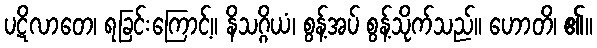
ပဋိလာတေ၊ ရခြင်းကြောင့်။ နိသဂ္ဂိယံ၊ စွန့်အပ် စွန့်သိုက်သည်။ ဟောတိ၊ ၏။